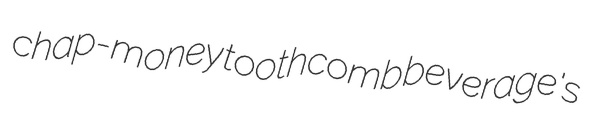
chap-money toothcomb beverage's